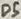
Text: D5